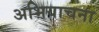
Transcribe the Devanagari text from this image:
अभियाचना